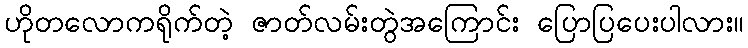
ဟိုတလောကရိုက်တဲ့ ဇာတ်လမ်းတွဲအကြောင်း ပြောပြပေးပါလား။